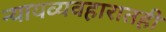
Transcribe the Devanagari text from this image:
न्यायव्यवहारातही